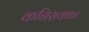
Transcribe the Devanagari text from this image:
कनिसक्का